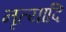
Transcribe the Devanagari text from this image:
नृत्यादि